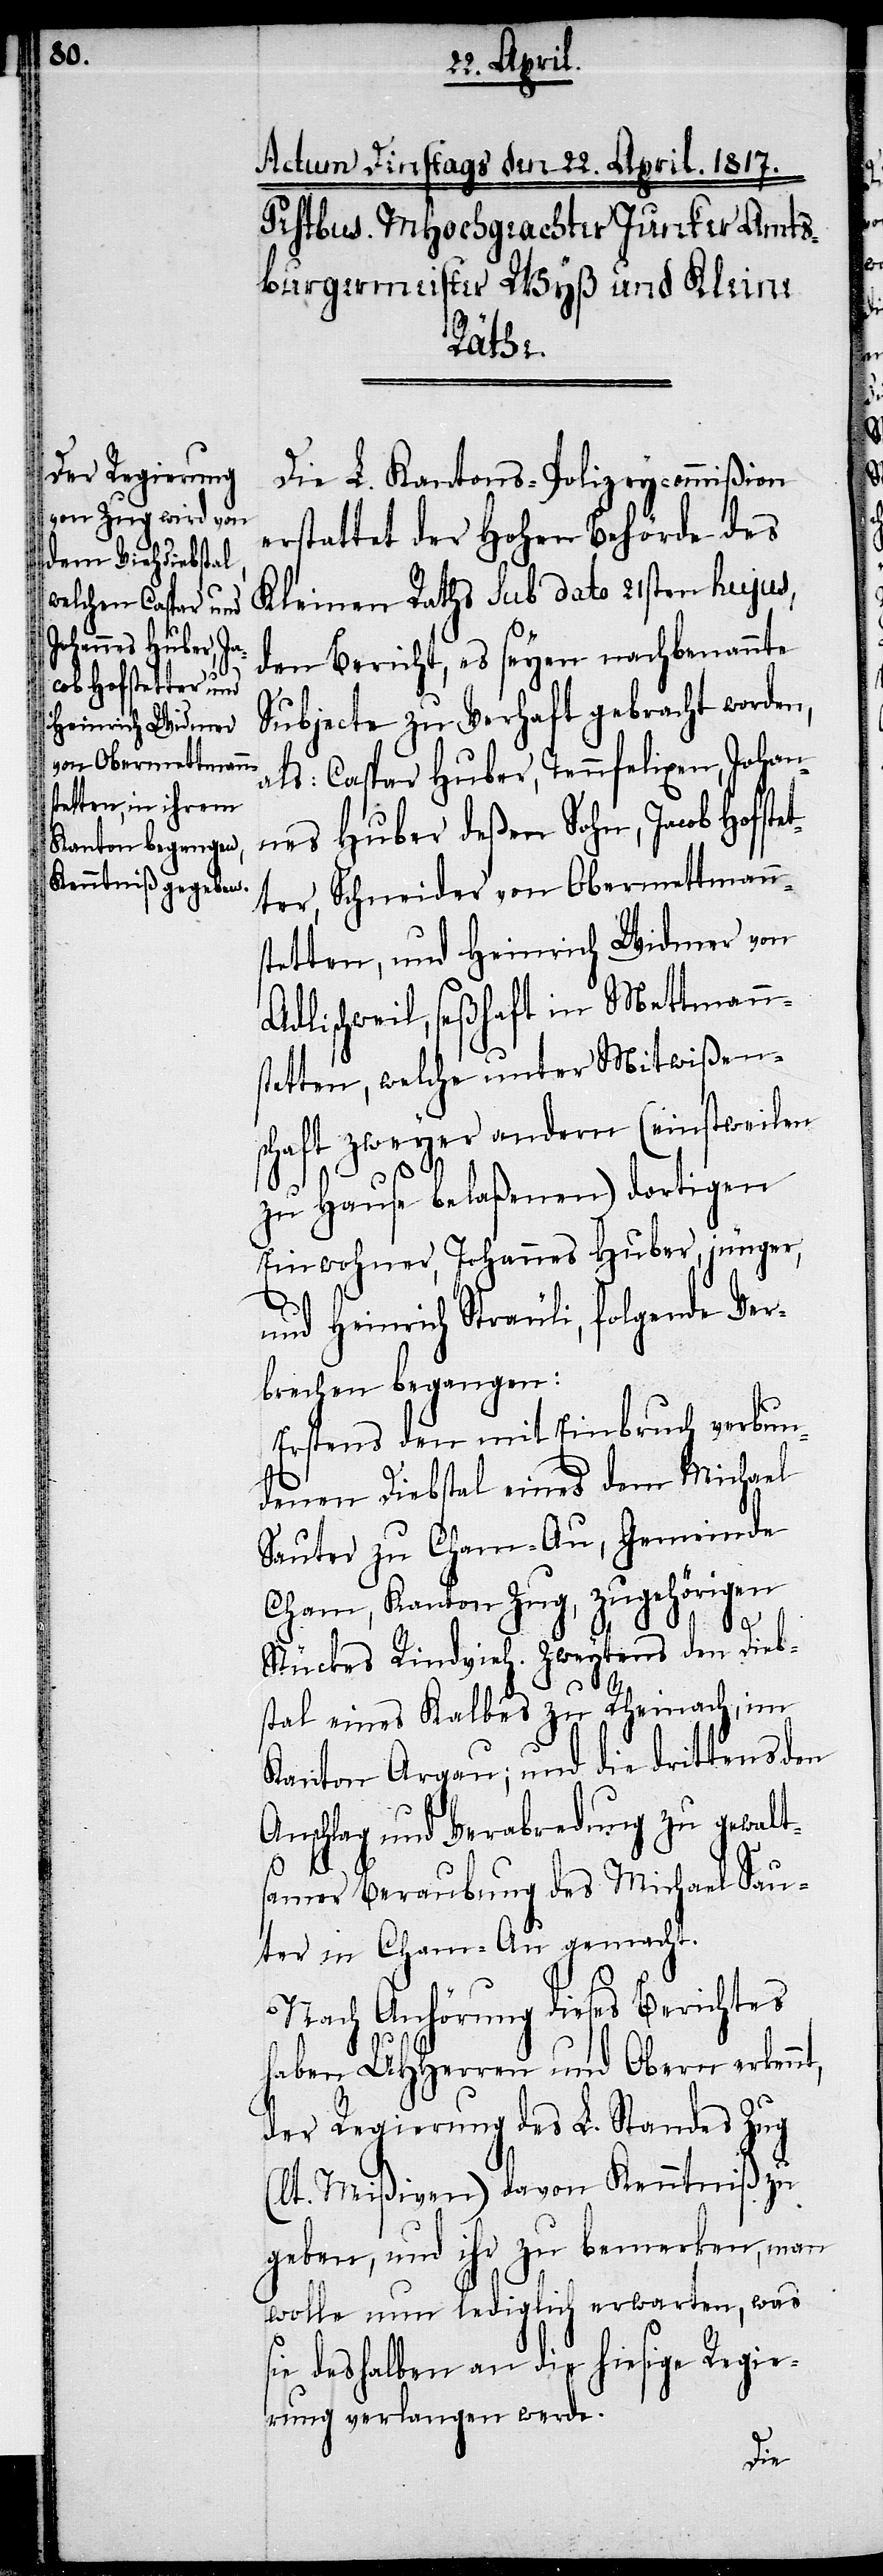
Die L. Kantons-Polizeycommißion
erstattet der Hohen Behörde des
Kleinen Raths sub dato 21sten hujus,
den Bericht, es seyen nachbenannte
Subjecte zu Verhaft gebracht worden,
als: Caspar Huber, Tennfelixen, Johan¬
nes Huber deßen Sohn, Jacob Hoffs¬
ter, Schneider von Obermettmanns¬
tetten, und Heinrich Widmer von
Adlischweil, seßhaft in Mettmann¬
stetten, welche unter Mitwißen¬
schaft zweyer andern (einstweilen
zu Hause belaßenen) dortigen
Einwohner, Johannes Huber, jünger,
und Heinrich Sträuli, folgende Ver¬
brechen begangen:
Erstens den mit Einbruch verbun¬
denen Diebstal eines dem Michael
Sauter zu Cham-Au, Gemeinde
Cham, Kanton Zug, zugehörigen
tet¬
s¬
Stückes Rindvieh. Zweytens den Dieb¬
stal eines Kalbes zu Rheinach, im
Kanton Argau; und die drittens den
Anschlag und Verabredung zu gewalts¬
amer Beraubung des Michael Sau¬
ter in Cham-Au gemacht.
Nach Anhörung dieses Berichtes
haben UHHerren und Obern erkennt,
der Regierung des L. Standes Zug
(lt. Mißiven) davon Kenntniß zu
geben, und ihr zu bemerken, man
wolle nun lediglich erwarten, was
ie deshalben an die hiesige Regie¬
rung verlangen werde.